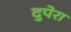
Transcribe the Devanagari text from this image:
दुपेरा